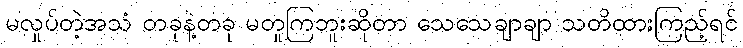
မလှုပ်တဲ့အသံ တခုနဲ့တခု မတူကြဘူးဆိုတာ သေသေချာချာ သတိထားကြည့်ရင်